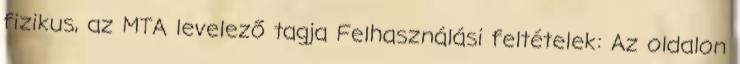
fizikus, az MTA levelező tagja Felhasználási feltételek: Az oldalon